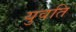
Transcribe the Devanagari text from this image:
युवति